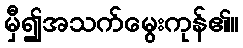
မှီ၍အသက်မွေးကုန်၏။